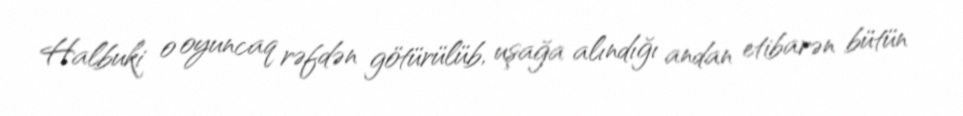
Halbuki o oyuncaq rəfdən götürülüb, uşağa alındığı andan etibarən bütün